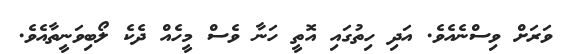
ވަރަށް ވިސްނެއެވެ. އަދި ހިތުގައި އޮތީ ހަނާ ވެސް މީހެއް ދެކެ ލޯބިވަނީތާއެވެ.